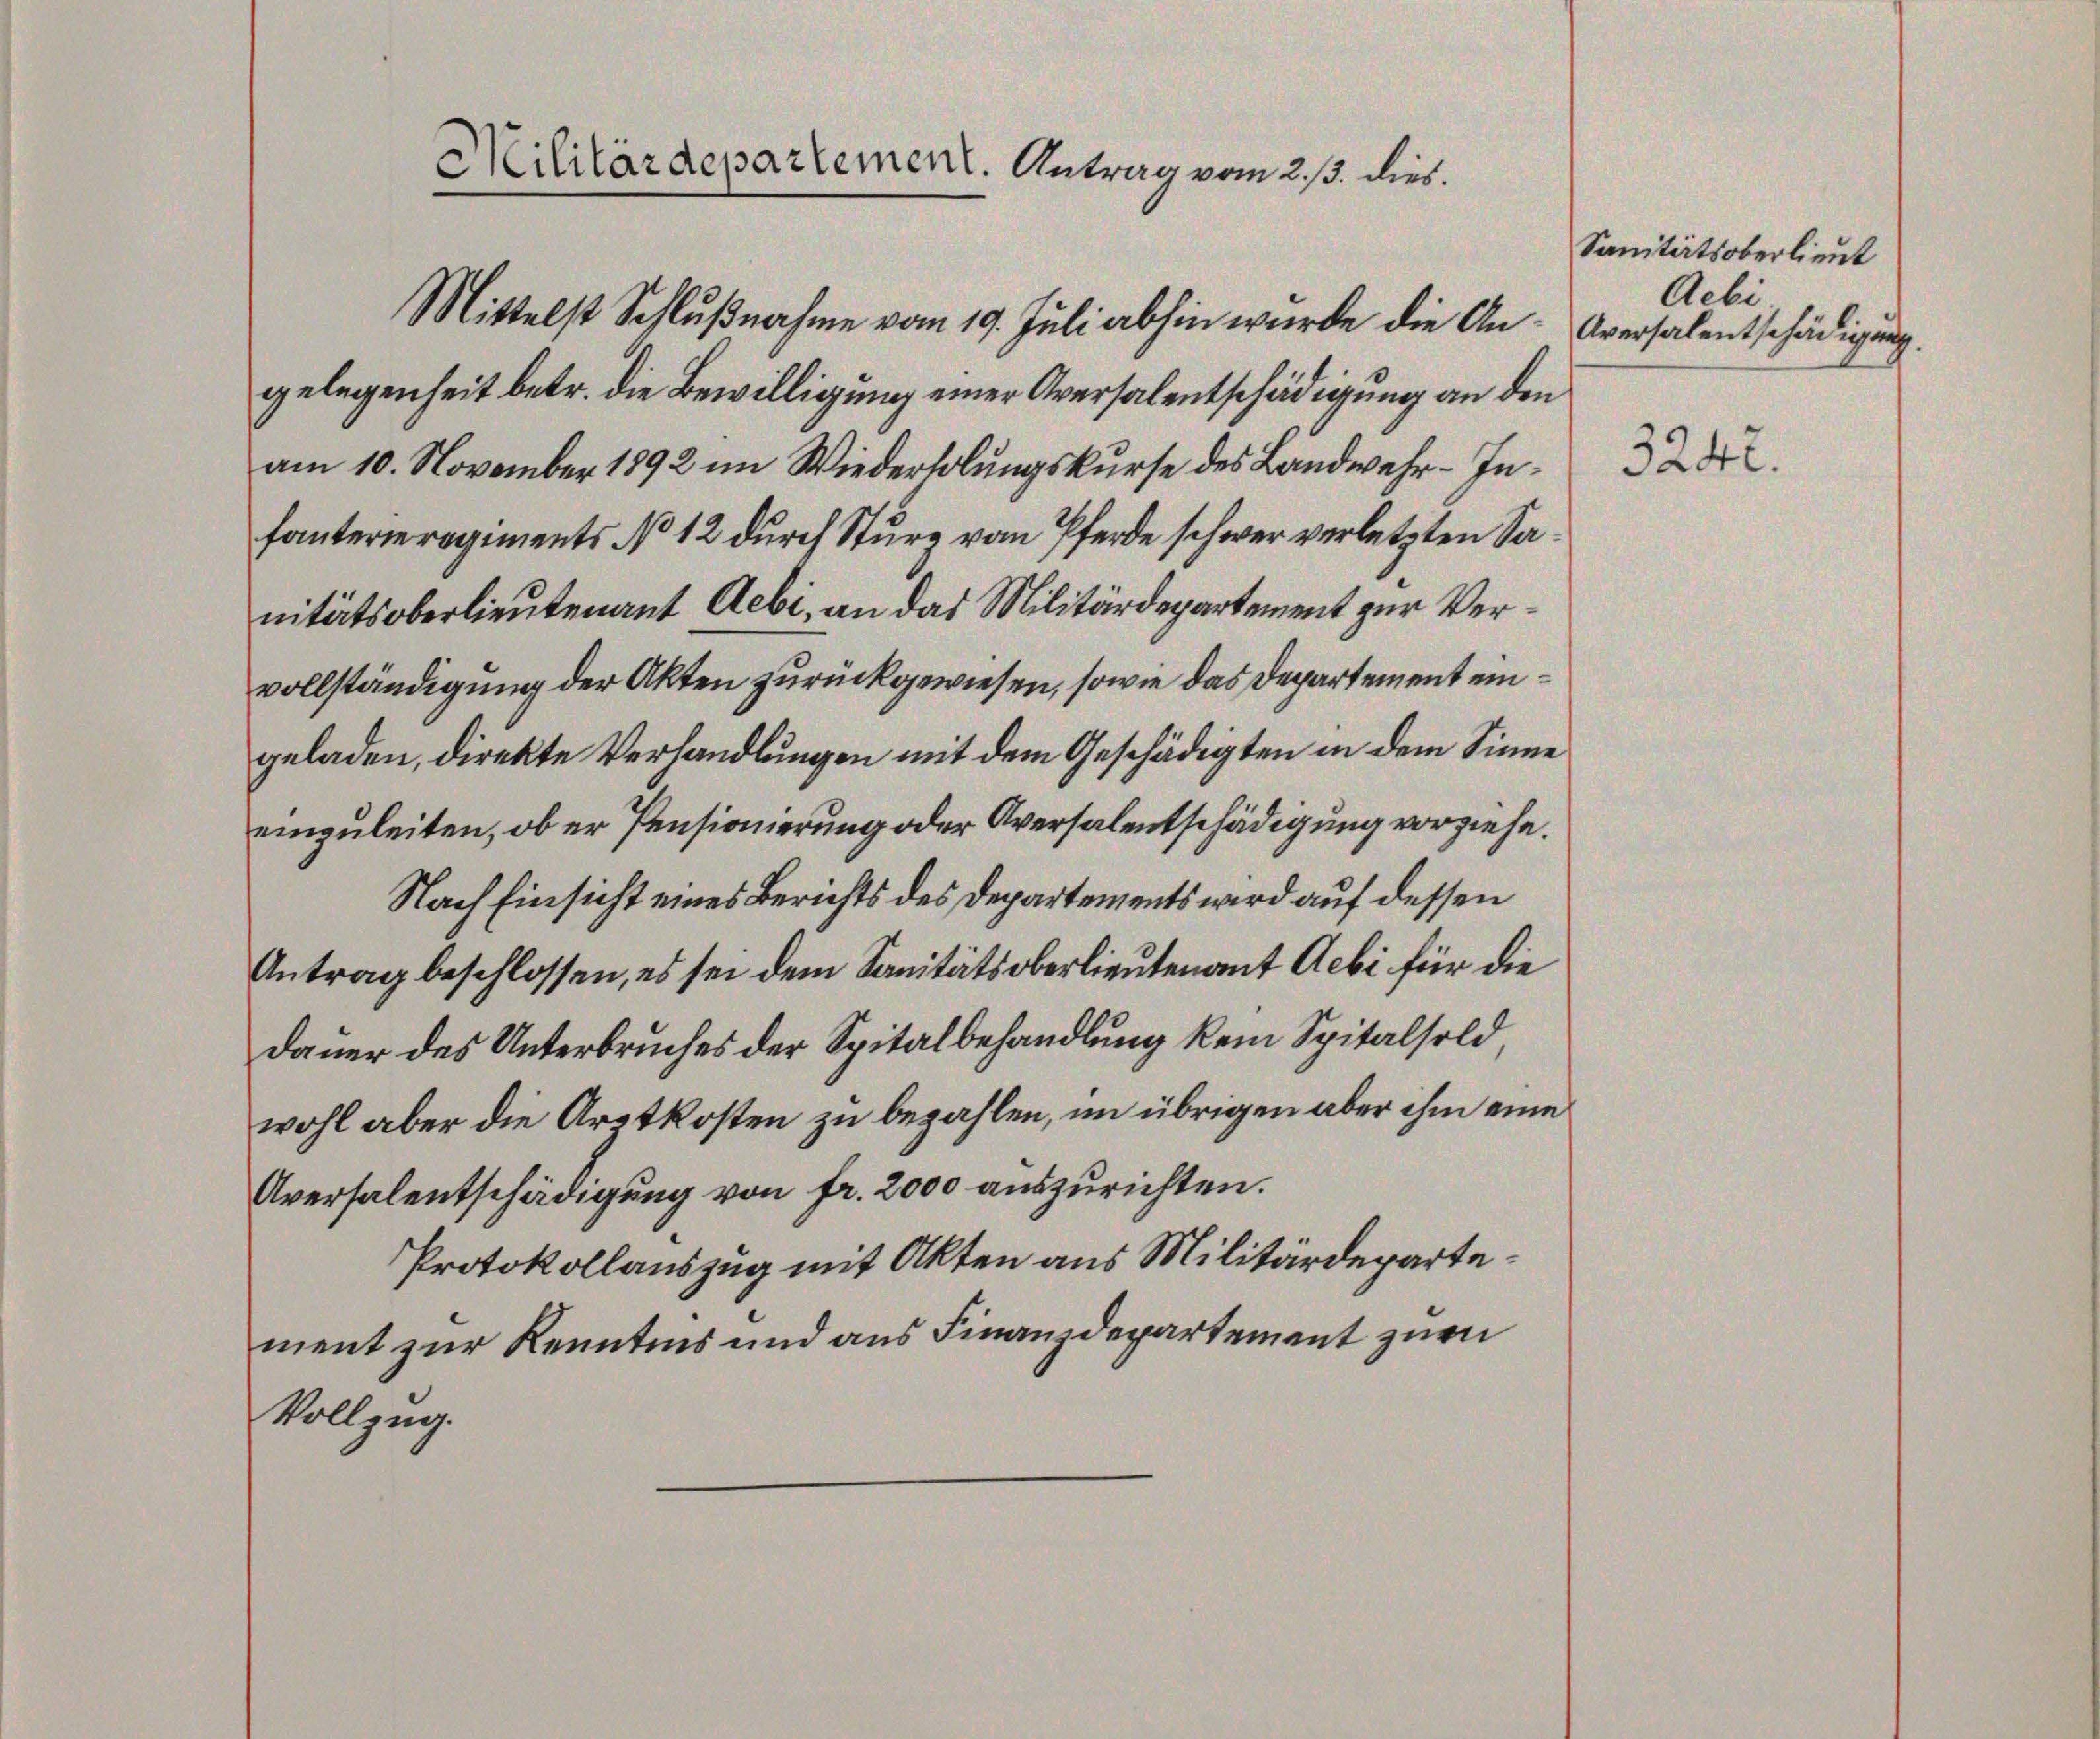
Militärdepartement. Antrag vom 2. ß. dies.
Mittelst Schlußnahme vom 19. Juli abhin wurde die An- Aversalentschädigung.
gelegenheit betr. die Bewilligung einer Aversalentschädigung an den

am 10. November 1892 im Wiederholungskurse des Landwehr-Infanterieregiments No 12 durch Sturz vom Pferde schwer verletzten Sanitätsoberlieutenant Aebi, an das Militärdepartement zur Vervollständigung der Akten zurückgewiesen, sowie das Departement eingeladen, direkte Verhandlungen mit dem Geschädigten in dem Sinne
einzuleiten, ob er Pensionierung oder Aversalentschädigung vorziehe.
Nach Einsicht eines Berichts des Departements wird auf dessen
Antrag beschlossen, es sei dem Sanitätsoberlieutenant Aebi für die
Dauer des Unterbruches der Spitalbehandlung kein Spitalsold,
wohl aber die Arztkosten zu bezahlen, im übrigen aber ihm eine
Aversalentschädigung von fr. 2000 auszurichten.
Protokollauszug mit Akten aus Militärdepartement zur Kenntnis und aus Finanzdepartement zur
Vollzug.

Sanitätsoberlieut
Aebi

3242.